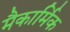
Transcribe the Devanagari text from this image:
मैकार्मिक